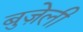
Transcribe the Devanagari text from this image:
बुज़ेली